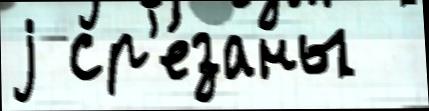
j ср'е́заны